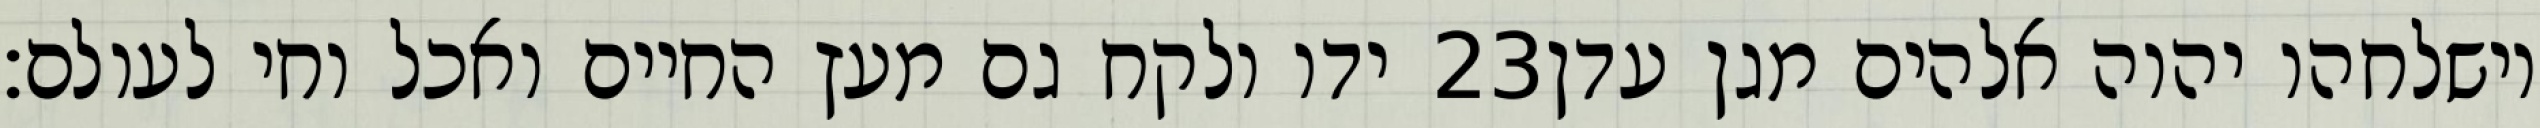
ידו ולקח גם מעץ החיים ואכל וחי לעולם׃ ‎23‏ וישלחהו יהוה אלהים מגן עדן